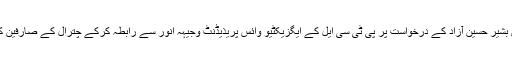
جس پر چترال یونین آف پروفیشنل جرنلسٹ کے صدر گل حماد فاروقی نے یونین کے سیکرٹری فنانس بشیر حسین آزاد کے درخواست پر پی ٹی سی ایل کے ایگزیکٹیو وائس پریذیڈنٹ وجیہہ انور سے رابطہ کرکے چترال کے صارفین کی شکایت ان کی نوٹس میں لاکر ان سے مطالبہ کیا کہ انٹرنیٹ کا مسئلہ فوری طور پر حل کیا جائے۔